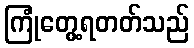
ကြုံတွေ့ရတတ်သည်